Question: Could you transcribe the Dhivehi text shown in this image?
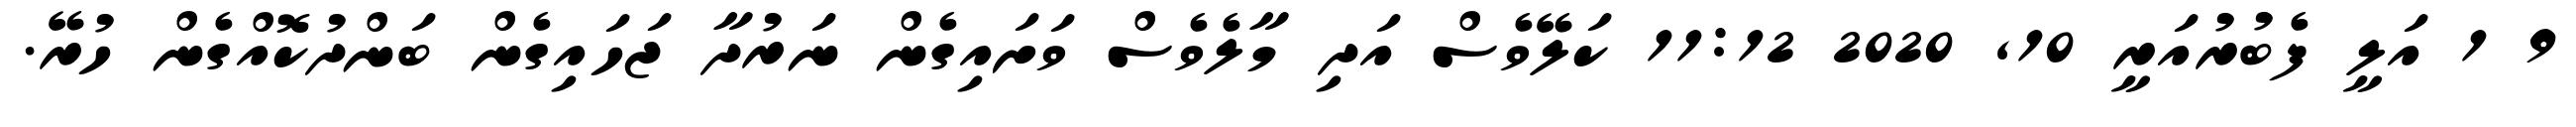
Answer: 9 1 އަލީ ފެބުރުއަރީ 10, 2020 11:12 ކަލޭވެސް އަދި މާލެވެސް ވަށައިގެން ނަރުދާ ޖަހައިގެން ބަންދުކޮއްގެން ހުރޭ.